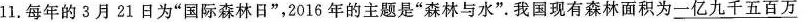
11.每年的3月21日为”国际森林日”，2016年的主题是”森林与水”。我国现有森林面积为\underline{一亿九千五百万}